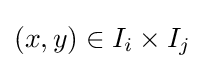
(x,y)\in I_{i}\times I_{j}